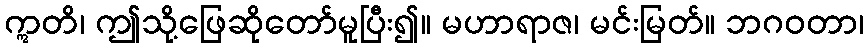
ဣတိ၊ ဤသို့ဖြေဆိုတော်မူပြီး၍။ မဟာရာဇ၊ မင်းမြတ်။ ဘဂဝတာ၊